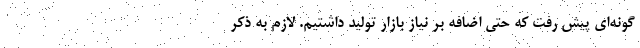
گونه‌ای پیش رفت که حتی اضافه بر نیاز بازار تولید داشتیم. لازم به ذکر